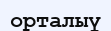
орталыү